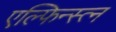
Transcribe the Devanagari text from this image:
एल्फिन्स्त्न